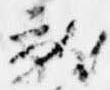
就